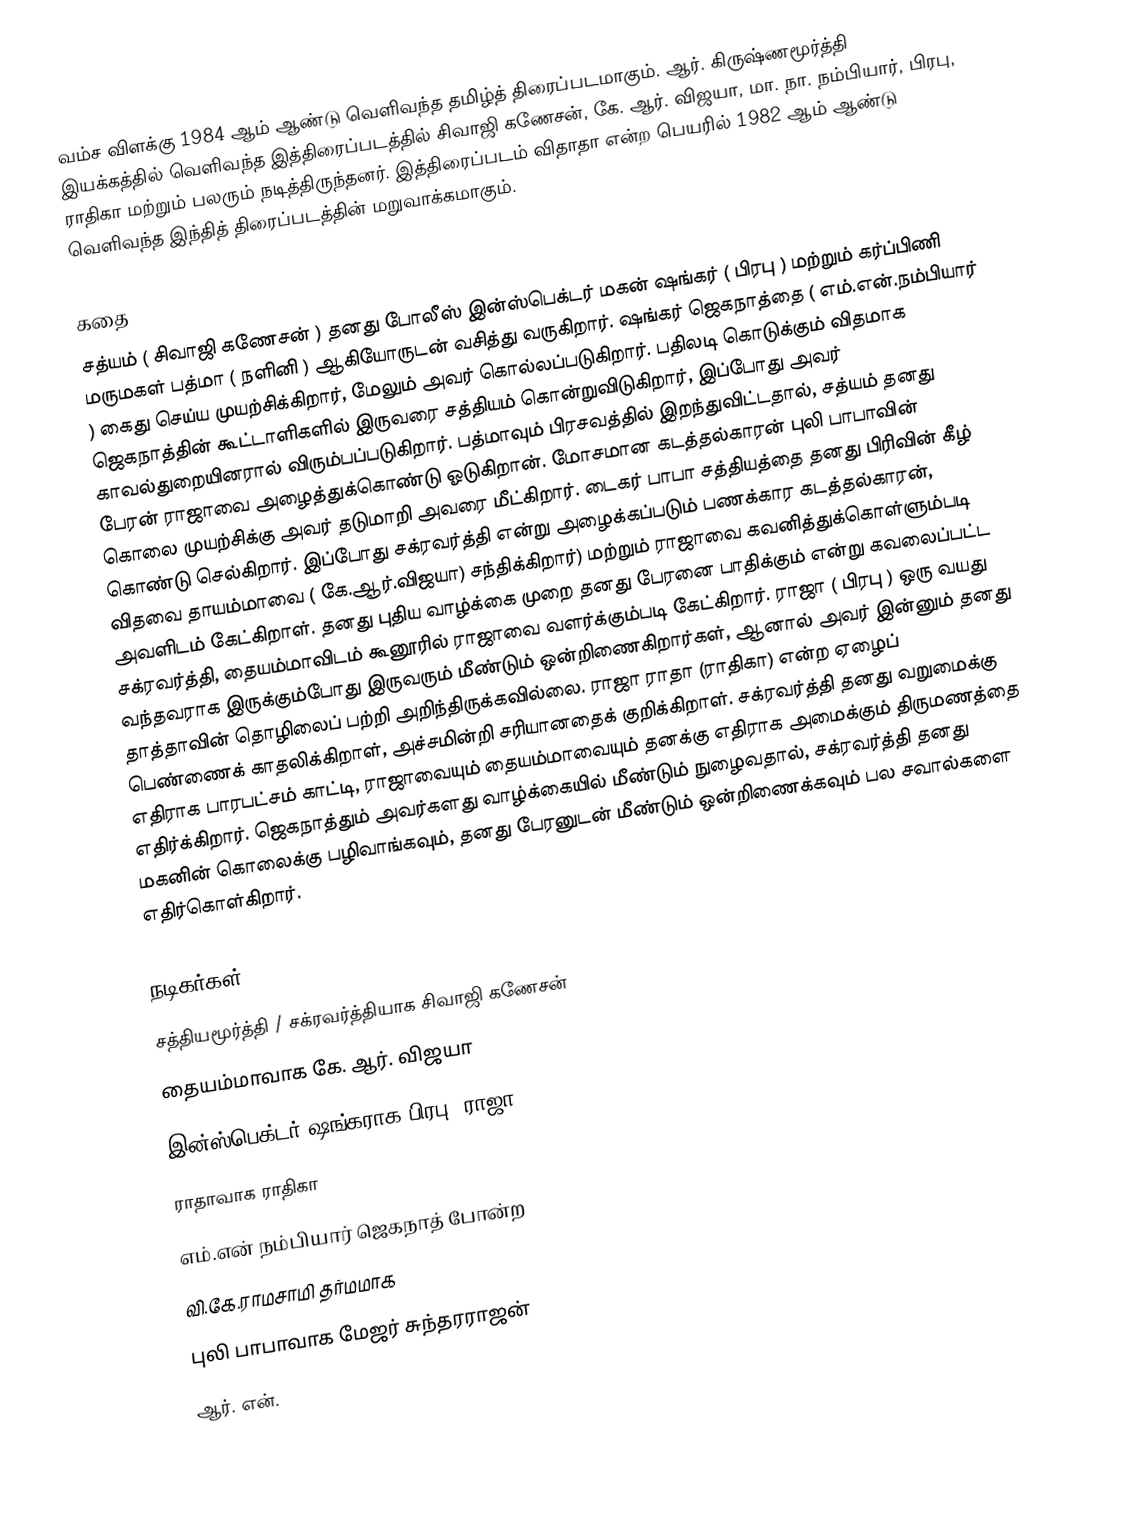
வம்ச விளக்கு 1984 ஆம் ஆண்டு வெளிவந்த தமிழ்த் திரைப்படமாகும். ஆர். கிருஷ்ணமூர்த்தி இயக்கத்தில் வெளிவந்த இத்திரைப்படத்தில் சிவாஜி கணேசன், கே. ஆர். விஜயா, மா. நா. நம்பியார், பிரபு, ராதிகா மற்றும் பலரும் நடித்திருந்தனர். இத்திரைப்படம் விதாதா என்ற பெயரில் 1982 ஆம் ஆண்டு வெளிவந்த இந்தித் திரைப்படத்தின் மறுவாக்கமாகும்.

கதை
சத்யம் ( சிவாஜி கணேசன் ) தனது போலீஸ் இன்ஸ்பெக்டர் மகன் ஷங்கர் ( பிரபு ) மற்றும் கர்ப்பிணி மருமகள் பத்மா ( நளினி ) ஆகியோருடன் வசித்து வருகிறார். ஷங்கர் ஜெகநாத்தை ( எம்.என்.நம்பியார் ) கைது செய்ய முயற்சிக்கிறார், மேலும் அவர் கொல்லப்படுகிறார். பதிலடி கொடுக்கும் விதமாக ஜெகநாத்தின் கூட்டாளிகளில் இருவரை சத்தியம் கொன்றுவிடுகிறார், இப்போது அவர் காவல்துறையினரால் விரும்பப்படுகிறார். பத்மாவும் பிரசவத்தில் இறந்துவிட்டதால், சத்யம் தனது பேரன் ராஜாவை அழைத்துக்கொண்டு ஓடுகிறான். மோசமான கடத்தல்காரன் புலி பாபாவின் கொலை முயற்சிக்கு அவர் தடுமாறி அவரை மீட்கிறார். டைகர் பாபா சத்தியத்தை தனது பிரிவின் கீழ் கொண்டு செல்கிறார். இப்போது சக்ரவர்த்தி என்று அழைக்கப்படும் பணக்கார கடத்தல்காரன், விதவை தாயம்மாவை ( கே.ஆர்.விஜயா) சந்திக்கிறார்) மற்றும் ராஜாவை கவனித்துக்கொள்ளும்படி அவளிடம் கேட்கிறாள். தனது புதிய வாழ்க்கை முறை தனது பேரனை பாதிக்கும் என்று கவலைப்பட்ட சக்ரவர்த்தி, தையம்மாவிடம் கூனூரில் ராஜாவை வளர்க்கும்படி கேட்கிறார். ராஜா ( பிரபு ) ஒரு வயது வந்தவராக இருக்கும்போது இருவரும் மீண்டும் ஒன்றிணைகிறார்கள், ஆனால் அவர் இன்னும் தனது தாத்தாவின் தொழிலைப் பற்றி அறிந்திருக்கவில்லை. ராஜா ராதா (ராதிகா) என்ற ஏழைப் பெண்ணைக் காதலிக்கிறாள், அச்சமின்றி சரியானதைக் குறிக்கிறாள். சக்ரவர்த்தி தனது வறுமைக்கு எதிராக பாரபட்சம் காட்டி, ராஜாவையும் தையம்மாவையும் தனக்கு எதிராக அமைக்கும் திருமணத்தை எதிர்க்கிறார். ஜெகநாத்தும் அவர்களது வாழ்க்கையில் மீண்டும் நுழைவதால், சக்ரவர்த்தி தனது மகனின் கொலைக்கு பழிவாங்கவும், தனது பேரனுடன் மீண்டும் ஒன்றிணைக்கவும் பல சவால்களை எதிர்கொள்கிறார்.

நடிகர்கள்
 சத்தியமூர்த்தி / சக்ரவர்த்தியாக சிவாஜி கணேசன்
 தையம்மாவாக கே. ஆர். விஜயா
 இன்ஸ்பெக்டர் ஷங்கராக பிரபு, ராஜா
 ராதாவாக ராதிகா
 எம்.என் நம்பியார் ஜெகநாத் போன்ற
 வி.கே.ராமசாமி தர்மமாக
 புலி பாபாவாக மேஜர் சுந்தரராஜன்
 ஆர். என்.